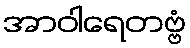
အာဝါရေတဗ္ဗံ